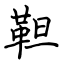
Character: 靼